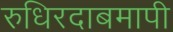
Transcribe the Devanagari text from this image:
रुधिरदाबमापी